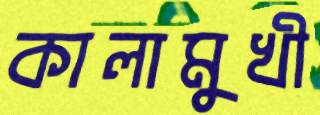
কালামুখী